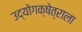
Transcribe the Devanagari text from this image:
उद्योगक्षेत्राला